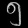
Digit: ၅